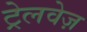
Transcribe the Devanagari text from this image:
ट्रेलवेज़